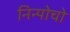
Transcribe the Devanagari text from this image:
निन्पोचो